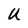
Character: U